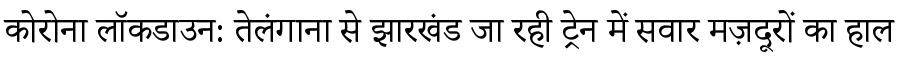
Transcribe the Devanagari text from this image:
कोरोना लॉकडाउन: तेलंगाना से झारखंड जा रही ट्रेन में सवार मज़दूरों का हाल